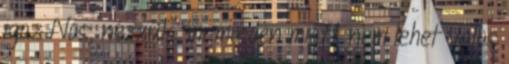
igaz Nos, nézzük, mi minden miatt nem lehet valós